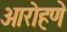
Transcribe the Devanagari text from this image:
आरोहणे